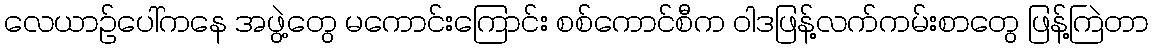
လေယာဉ်ပေါ်ကနေ အဖွဲ့တွေ မကောင်းကြောင်း စစ်ကောင်စီက ဝါဒဖြန့်လက်ကမ်းစာတွေ ဖြန့်ကြဲတာ